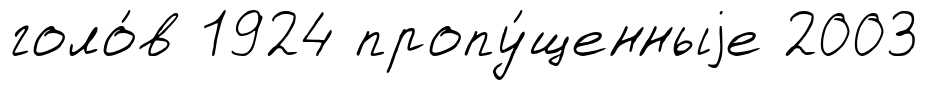
голо́в 1924 пропу́щенныjе 2003